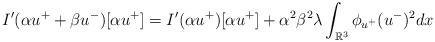
LaTeX: \begin{align*}I'(\alpha u^{+} + \beta u^{-})[\alpha u^{+}] = I'(\alpha u^{+})[\alpha u^{+}] + \alpha^{2} \beta^{2}\lambda\int_{\mathbb R^{3}} \phi_{ u^{+}} ( u^{-})^{2}dx\end{align*}